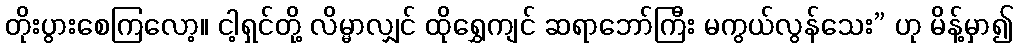
တိုးပွားစေကြလော့။ ငါ့ရှင်တို့ လိမ္မာလျှင် ထိုရွှေကျင် ဆရာဘော်ကြီး မကွယ်လွန်သေး” ဟု မိန့်မှာ၍